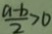
\frac { a - b } { 2 } > 0